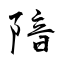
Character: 隌